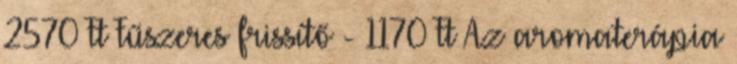
2570 Ft Fűszeres frissítő - 1170 Ft Az aromaterápia